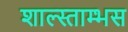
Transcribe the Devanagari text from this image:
शाल्स्ताम्भस